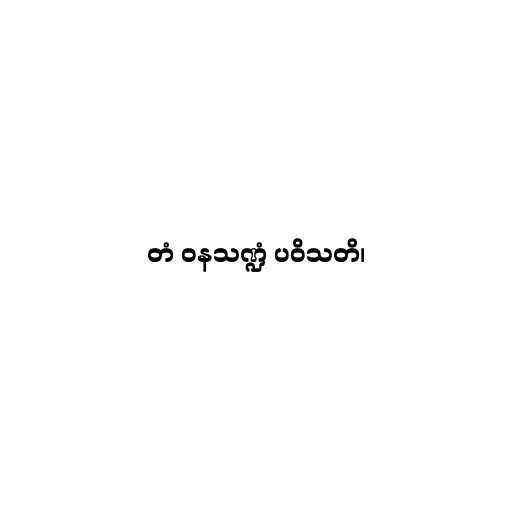
တံ ဝနသဏ္ဍံ ပဝိသတိ၊